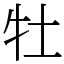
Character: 牡